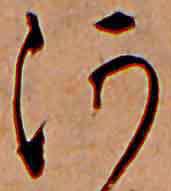
河